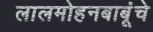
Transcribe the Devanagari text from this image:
लालमोहनबाबूंचे